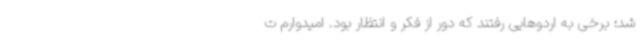
شد؛ برخی به اردوهایی رفتند که دور از فکر و انتظار بود. امیدوارم ت